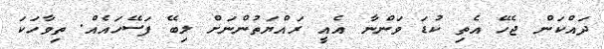
ދައްކަން ޖެހޭ އެތި ކުޑަ ވަންނާ އެއީ ރައްޔަތުންނަށް ލިބޭ ފަސޭހައެއް. ތިވާހަކަ